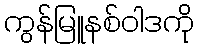
ကွန်မြူနစ်ဝါဒကို